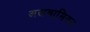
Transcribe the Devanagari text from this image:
अलबामियन